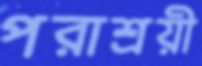
পরাশ্রয়ী